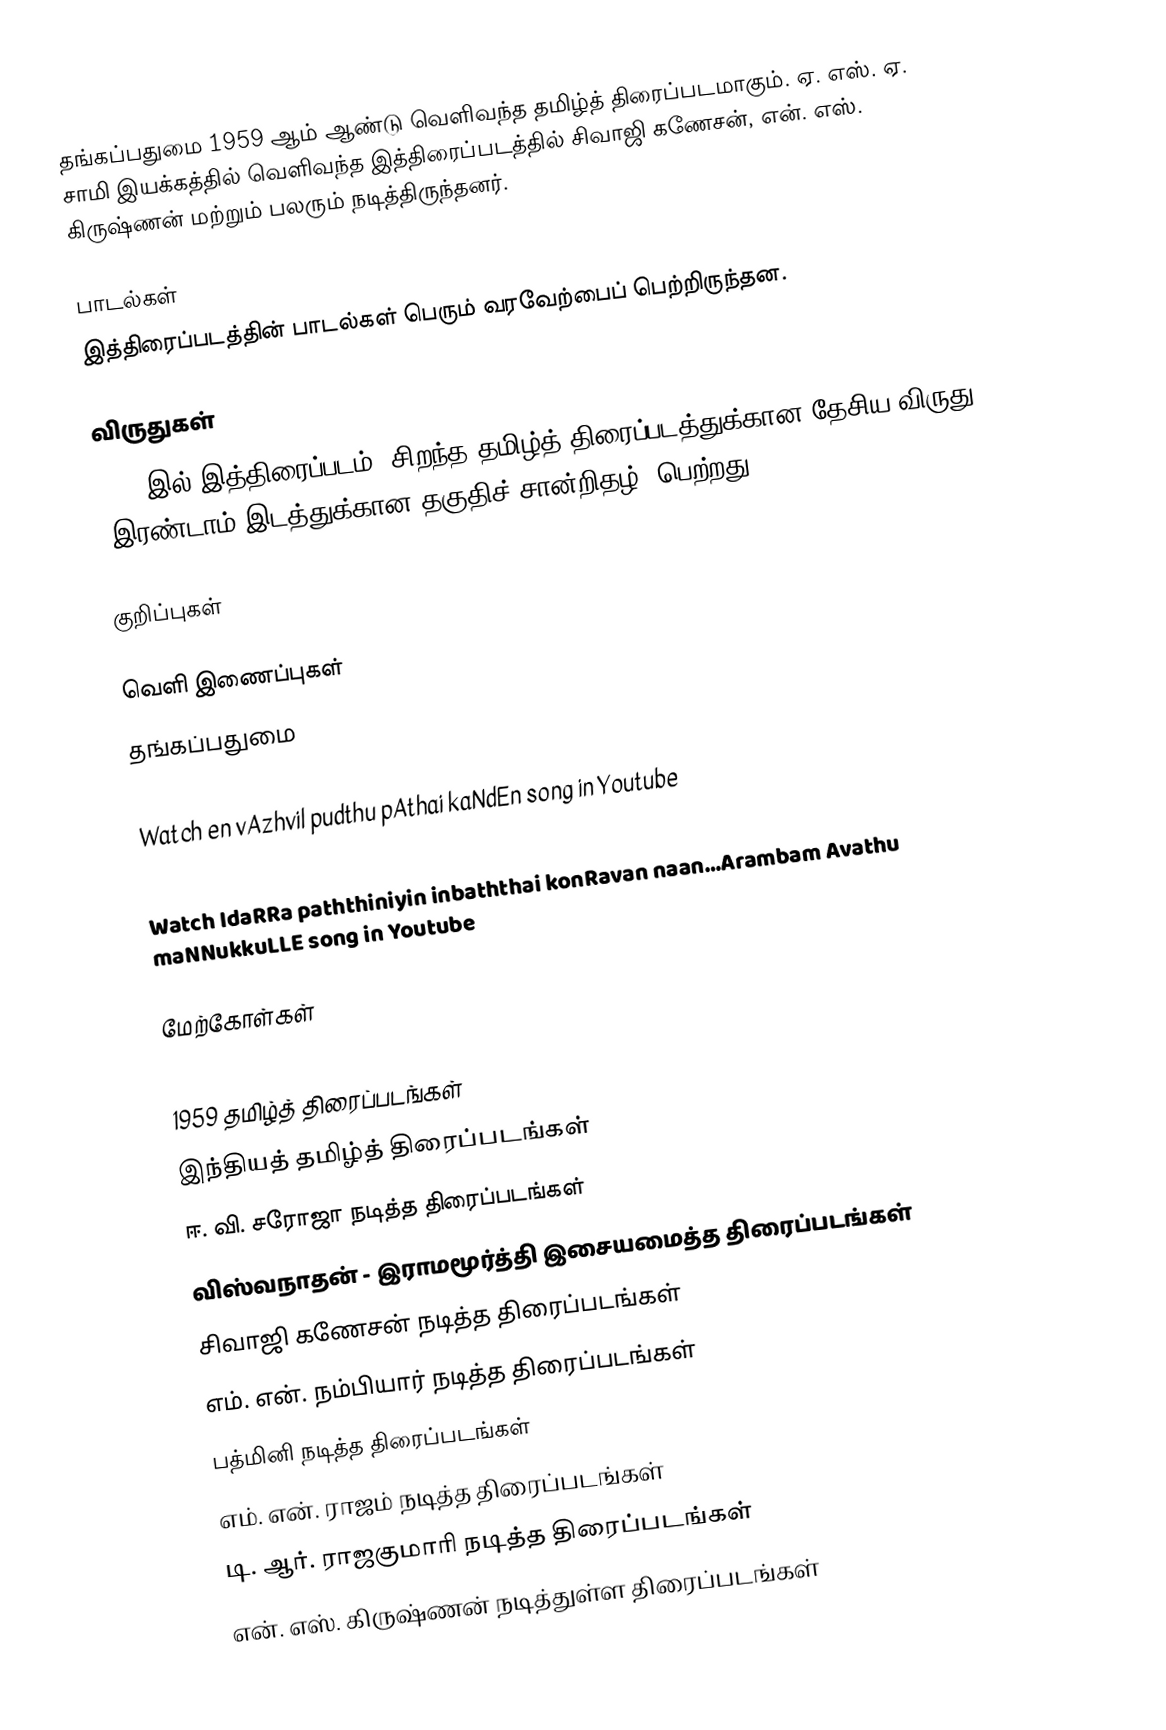
தங்கப்பதுமை 1959 ஆம் ஆண்டு வெளிவந்த தமிழ்த் திரைப்படமாகும். ஏ. எஸ். ஏ. சாமி இயக்கத்தில் வெளிவந்த இத்திரைப்படத்தில் சிவாஜி கணேசன், என். எஸ். கிருஷ்ணன் மற்றும் பலரும் நடித்திருந்தனர்.

பாடல்கள்
இத்திரைப்படத்தின் பாடல்கள் பெரும் வரவேற்பைப் பெற்றிருந்தன.

விருதுகள்
 1959 இல் இத்திரைப்படம், சிறந்த தமிழ்த் திரைப்படத்துக்கான தேசிய விருது  (இரண்டாம் இடத்துக்கான தகுதிச் சான்றிதழ்) பெற்றது.

குறிப்புகள்

வெளி இணைப்புகள்
 தங்கப்பதுமை
Watch vAnam poyyAdhu and engal kula nAyagiyE kannagi ammA song in Youtube
Watch en vAzhvil pudthu pAthai kaNdEn song in Youtube
Watch indRu namathuLLamE pongum puthu veLLamE song in Youtube
Watch IdaRRa paththiniyin inbaththai konRavan naan…Arambam Avathu maNNukkuLLE song in Youtube

மேற்கோள்கள்

1959 தமிழ்த் திரைப்படங்கள்
இந்தியத் தமிழ்த் திரைப்படங்கள்
ஈ. வி. சரோஜா நடித்த திரைப்படங்கள்
விஸ்வநாதன் - இராமமூர்த்தி இசையமைத்த திரைப்படங்கள்
சிவாஜி கணேசன் நடித்த திரைப்படங்கள்
எம். என். நம்பியார் நடித்த திரைப்படங்கள்
பத்மினி நடித்த திரைப்படங்கள்
எம். என். ராஜம் நடித்த திரைப்படங்கள்
டி. ஆர். ராஜகுமாரி நடித்த திரைப்படங்கள்
என். எஸ். கிருஷ்ணன் நடித்துள்ள திரைப்படங்கள்